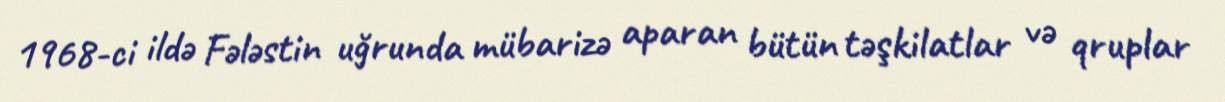
1968-ci ildə Fələstin uğrunda mübarizə aparan bütün təşkilatlar və qruplar